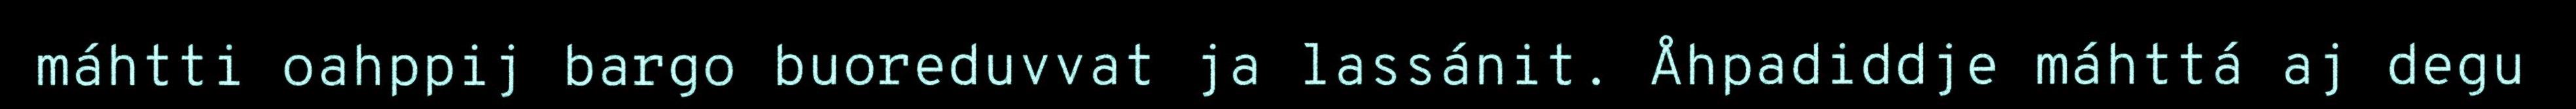
máhtti oahppij bargo buoreduvvat ja lassánit. Åhpadiddje máhttá aj degu